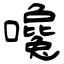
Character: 嚵